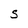
Character: S